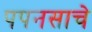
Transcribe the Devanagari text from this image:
पपनसाचे